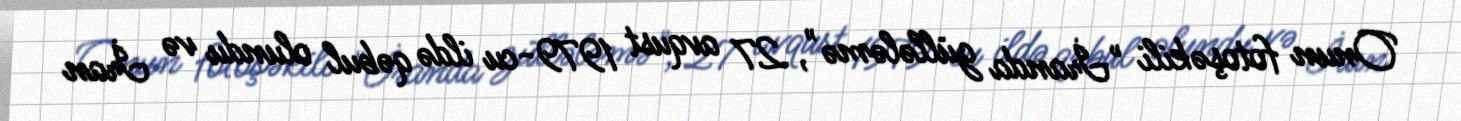
Onun fotoşəkili "İranda güllələmə", 27 avqust 1979-cu ildə qəbul olundu və İran